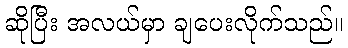
ဆိုပြီး အလယ်မှာ ချပေးလိုက်သည်။